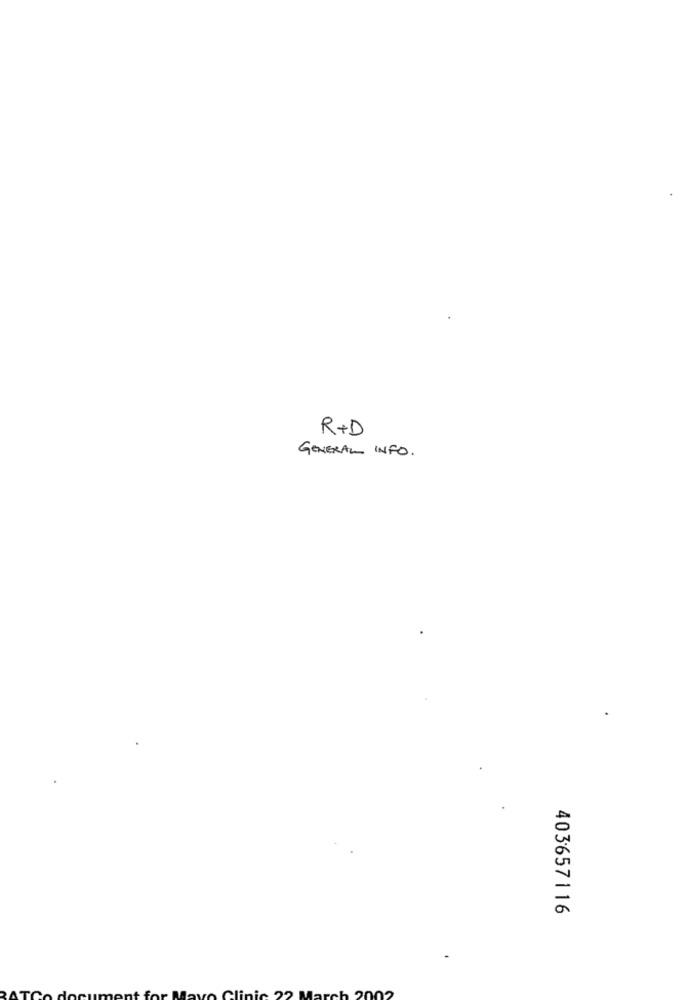
R+D
GENERAL INFO.
403657116
25